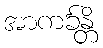
အာကင်္ခန္တိ